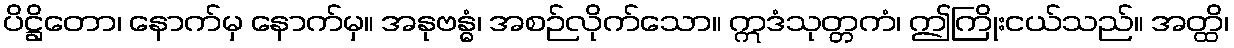
ပိဋ္ဌိတော၊ နောက်မှ နောက်မှ။ အနုဗန္ဓံ၊ အစဉ်လိုက်သော။ ဣဒံသုတ္တကံ၊ ဤကြိုးငယ်သည်။ အတ္ထိ၊